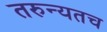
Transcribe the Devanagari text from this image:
तरुन्यतच